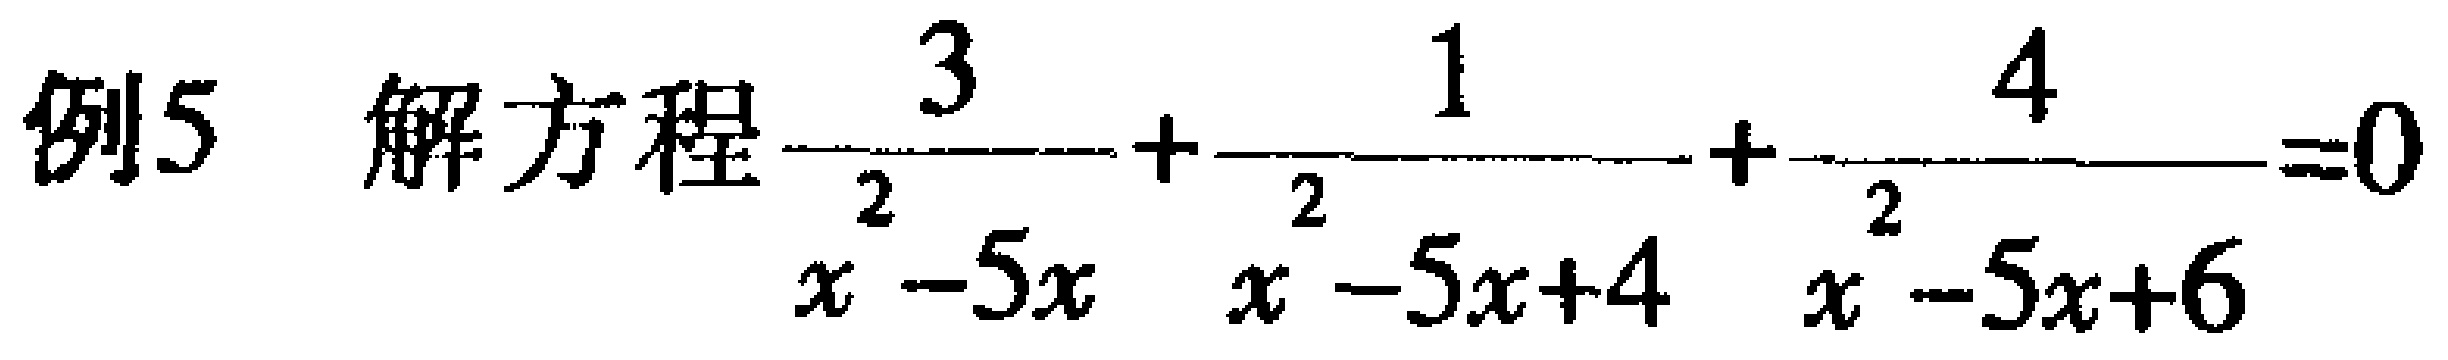
例5 解方程$\frac{3}{x^{2}-5x}+\frac{1}{x^{2}-5x + 4}+\frac{4}{x^{2}-5x + 6}=0$